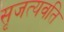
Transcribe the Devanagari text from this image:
सृजत्यवति